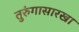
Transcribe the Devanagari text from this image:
तुरुंगासारखा